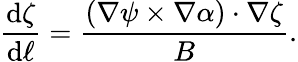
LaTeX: \frac{\mathrm{d}\zeta}{\mathrm{d}\ell}=\frac{\left(\nabla\psi\times\nabla\alpha\right)\cdot\nabla\zeta}{B}.